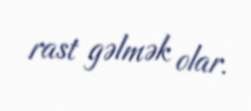
rast gəlmək olar.